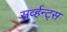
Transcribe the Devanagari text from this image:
सर्व्हन्ट्स